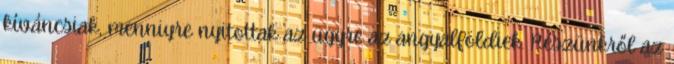
kíváncsiak, menniyre nyitottak az ügyre az angyalföldiek. Részünkről az